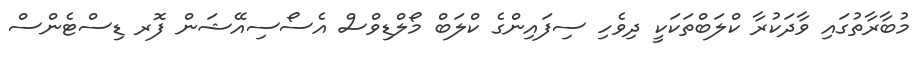
މުބާރާތުގައި ވާދަކުރާ ކްލަބްތަކަކީ ދިވެހި ސިފައިންގެ ކްލަބް މޯލްޑިވްސް އެސޯސިއޭޝަން ފޮރ ޑިސްޓެންސް